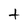
Character: t